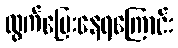
ထွက်ပြေးနေရကြောင်း